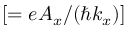
[ = e A _ { x } / ( \hbar k _ { x } ) ]